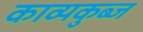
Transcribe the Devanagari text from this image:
काव्यकुब्ज